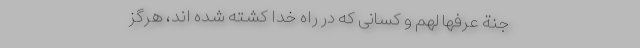
ْجَنَّةَ عَرَّفَها لَهُمْ و کسانی که در راه خدا کشته شده اند، هرگز